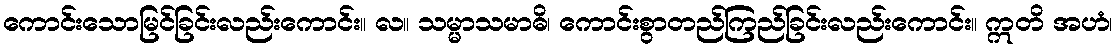
ကောင်းသောမြင်ခြင်းလည်းကောင်း။ လ။ သမ္မာသမာဓိ၊ ကောင်းစွာတည်ကြည်ခြင်းလည်းကောင်း။ ဣတိ အဟံ၊